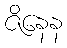
ဇိနေန